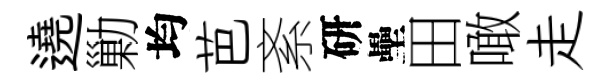
遶勦均芭紊研壘田噉走